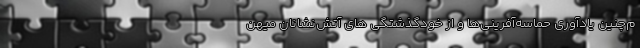
م‌چنین یادآوری حماسه‌آفرینی‌ها و از خودگذشتگی های آتش‌نشانان میهن